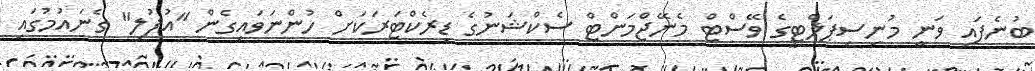
ބުނެފައި ވަނީ މުނިސިޕަލްޓީގެ ވޭސްޓް މެނޭޖްމަންޓް ސެކްޝަނުގެ ޑިރެކްޓަރަކަށް ހުންނަވައިގެން "އުފުލި" ގެނައުމުގައި